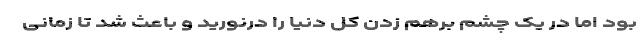
بود اما در یک چشم برهم زدن کل دنیا را درنورید و باعث شد تا زمانی